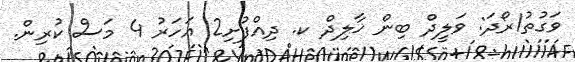
ވަގުތު1ރޯދަ: ވަލީދް ބިން ޚާލިދް ކ. ދިއްފުށި2 އަހަރު 4 މަސް ކުރިން.